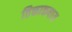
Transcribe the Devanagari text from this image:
तिक्ताकषाय